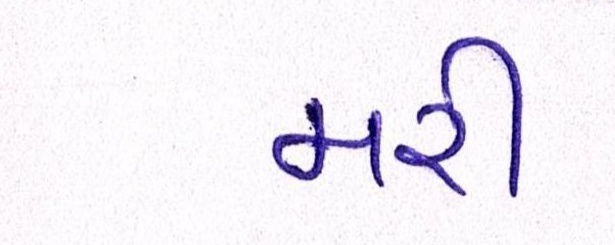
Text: મરી